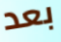
بعد